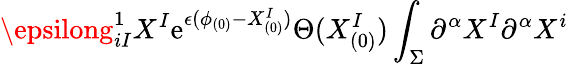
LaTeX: \epsilong_{iI}^{1}X^{I}\mathrm{e}^{\epsilon(\phi_{(0)}-X_{(0)}^{I})}\Theta(X_{(0)}^{I})\int_{\Sigma}\partial^{\alpha}X^{I}\partial^{\alpha}X^{i}